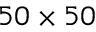
5 0 \times 5 0